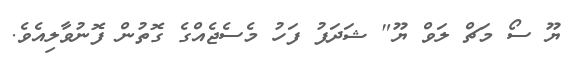
ޔޫ ސޯ މަޗް ލަވް ޔޫ" ޝަދަފު ފަހު މެސެޖެއްގެ ގޮތުން ފޮނުވާލިއެވެ.